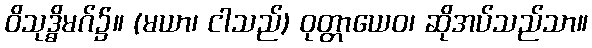
ဝိသုဒ္ဓိမဂ်၌။ (မယာ၊ ငါသည်) ဝုတ္တာယေဝ၊ ဆိုအပ်သည်သာ။